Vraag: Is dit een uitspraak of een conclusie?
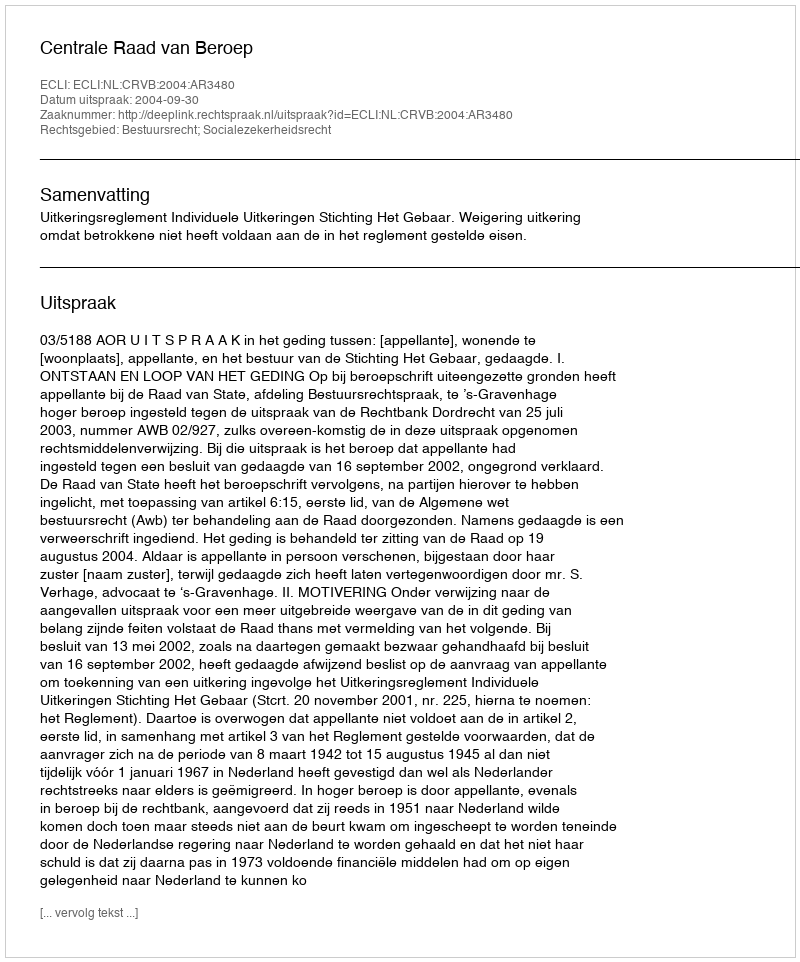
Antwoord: Uitspraak